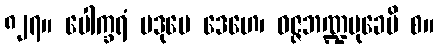
၈၂၇။ ပေါက္ခရံ ပဒုမေ ဒေဟေ၊ ဝဇ္ဇဘဏ္ဍမုခေပိ စ။